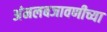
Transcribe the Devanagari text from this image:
अंमलबजावणीच्या